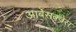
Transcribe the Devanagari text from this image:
आर्बेसक्वेस